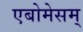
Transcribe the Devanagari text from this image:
एबोमेसम्